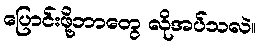
ပြောင်းဖို့ဘာတွေ လိုအပ်သလဲ။